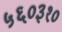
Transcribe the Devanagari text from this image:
५६०३१०